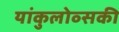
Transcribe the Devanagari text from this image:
यांकुलोव्सकी